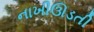
નાખીઊડતી